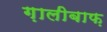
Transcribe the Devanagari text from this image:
ग़ालीबाफ़